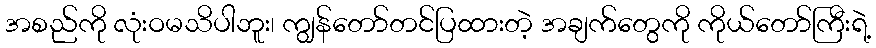
အစည်ကို လုံးဝမသိပါဘူး၊ ကျွန်တော်တင်ပြထားတဲ့ အချက်တွေကို ကိုယ်တော်ကြီးရဲ့